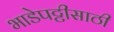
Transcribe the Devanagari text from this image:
भाडेपट्टीसाठी